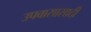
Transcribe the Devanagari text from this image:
उपवासासाठी